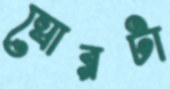
ঘোরটা